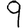
Digit: 9